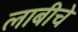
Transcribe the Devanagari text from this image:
लाबीचे